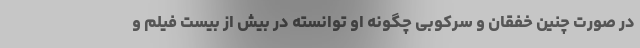
در صورت چنین خفقان و سرکوبی چگونه او توانسته در بیش از بیست فیلم و